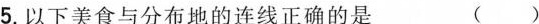
5.以下美食与分布地的连线正确的是 ()